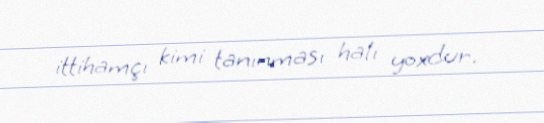
ittihamçı kimi tanınması halı yoxdur.